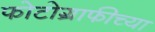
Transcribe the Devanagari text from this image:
फोटोग्राफीच्या